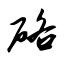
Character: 硌